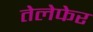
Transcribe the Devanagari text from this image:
तेलेफेर